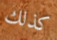
كذلك